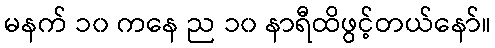
မနက် ၁၀ ကနေ ည ၁၀ နာရီထိဖွင့်တယ်နော်။